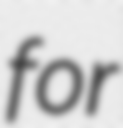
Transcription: for